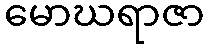
မောဃရာဇာ